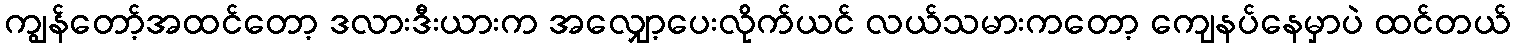
ကျွန်တော့်အထင်တော့ ဒလားဒီးယားက အလျှော့ပေးလိုက်ယင် လယ်သမားကတော့ ကျေနပ်နေမှာပဲ ထင်တယ်